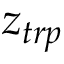
z _ { t r p }